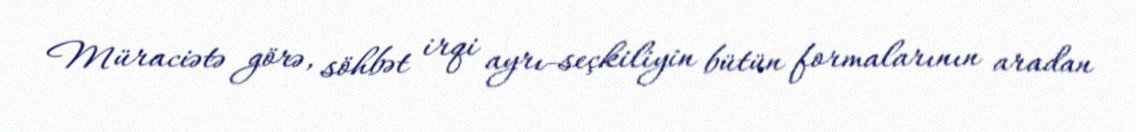
Müraciətə görə, söhbət irqi ayrı-seçkiliyin bütün formalarının aradan